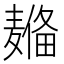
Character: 𱋦